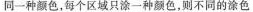
同一中颜色，每个区域只涂一中颜色，则不同的涂色